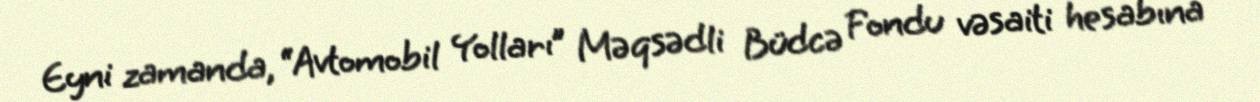
Eyni zamanda, “Avtomobil Yolları” Məqsədli Büdcə Fondu vəsaiti hesabına